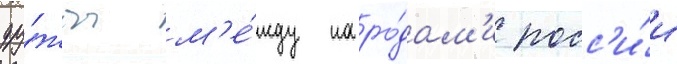
дру́жбы м'е́жду наро́дам'и росс'и́и